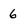
Character: 6